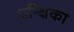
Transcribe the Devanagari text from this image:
धन्क्षिका